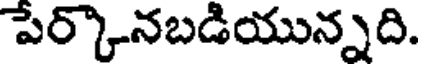
పేర్కొనబడియున్నది.